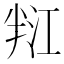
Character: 𭁑